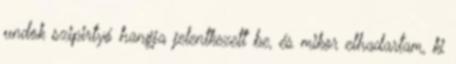
undok szipirtyó hangja jelentke­zett be, és mikor elhadartam, ki